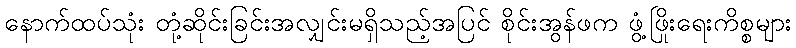
နောက်ထပ်သုံး တုံ့ဆိုင်းခြင်းအလျှင်းမရှိသည့်အပြင် စိုင်းအွန်ဖက ဖွံ့ဖြိုးရေးကိစ္စများ